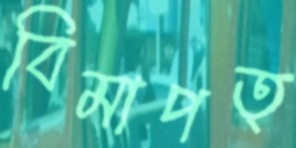
বিমাপত্